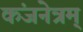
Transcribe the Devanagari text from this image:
कंजनेत्रम्‌